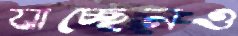
যাচ্ছেনও